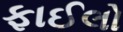
ફાઈલો